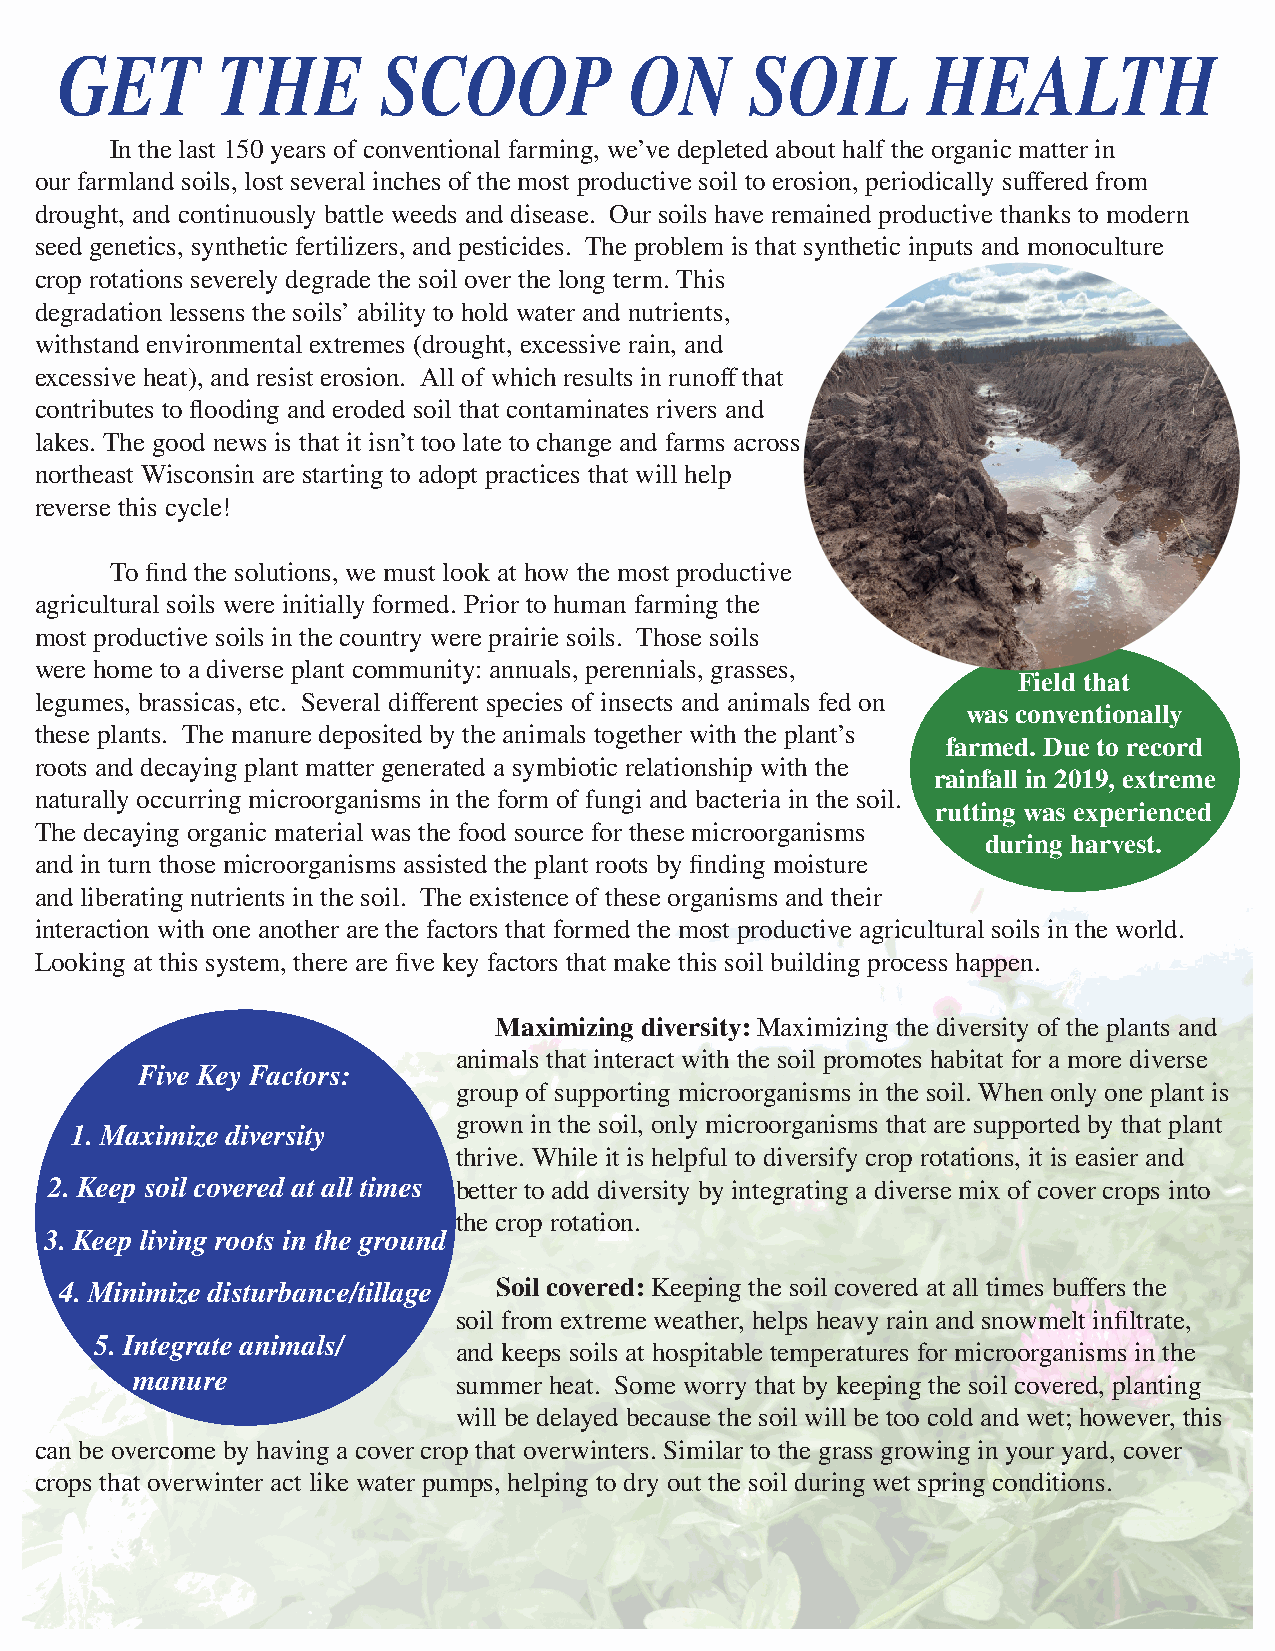
GET       THE        SCOOP            ON      SOIL       HEALTH
 In the last 150 years of conventional farming, we’ve depleted about half the organic matter in
 our farmland soils, lost several inches of the most productive soil to erosion, periodically suffered from
 drought, and continuously battle weeds and disease. Our soils have remained productive thanks to modern
 seed genetics, synthetic fertilizers, and pesticides. The problem is that synthetic inputs and monoculture
 crop rotations severely degrade the soil over the long term. This
 degradation lessens the soils’ ability to hold water and nutrients,
 withstand environmental extremes (drought, excessive rain, and
 excessive heat), and resist erosion. All of which results in runoff that
 contributes to flooding and eroded soil that contaminates rivers and
 lakes. The good news is that it isn’t too late to change and farms across
 northeast Wisconsin are starting to adopt practices that will help
 reverse this cycle!
 To find the solutions, we must look at how the most productive
 agricultural soils were initially formed. Prior to human farming the
 most productive soils in the country were prairie soils. Those soils
 were home to a diverse plant community: annuals, perennials, grasses,
 Field that
 legumes, brassicas, etc. Several different species of insects and animals fed on
 was conventionally
 these plants. The manure deposited by the animals together with the plant’s
 farmed. Due to record
 roots and decaying plant matter generated a symbiotic relationship with the
 rainfall in 2019, extreme
 naturally occurring microorganisms in the form of fungi and bacteria in the soil.
 rutting was experienced
 The decaying organic material was the food source for these microorganisms
 during harvest.
 and in turn those microorganisms assisted the plant roots by finding moisture
 and liberating nutrients in the soil. The existence of these organisms and their
 interaction with one another are the factors that formed the most productive agricultural soils in the world.
 Looking at this system, there are five key factors that make this soil building process happen.
 Maximizing diversity: Maximizing the diversity of the plants and
 animals that interact with the soil promotes habitat for a more diverse
 Five Key Factors:
 group of supporting microorganisms in the soil. When only one plant is
 grown in the soil, only microorganisms that are supported by that plant
 1. Maximize diversity
 thrive. While it is helpful to diversify crop rotations, it is easier and
 2. Keep soil covered at all times better to add diversity by integrating a diverse mix of cover crops into
 the crop rotation.
 3. Keep living roots in the ground
 4. Minimize disturbance/tillage Soil covered: Keeping the soil covered at all times buffers the
 soil from extreme weather, helps heavy rain and snowmelt infiltrate,
 5. Integrate animals/
 and keeps soils at hospitable temperatures for microorganisms in the
 manure
 summer heat. Some worry that by keeping the soil covered, planting
 will be delayed because the soil will be too cold and wet; however, this
 can be overcome by having a cover crop that overwinters. Similar to the grass growing in your yard, cover
 crops that overwinter act like water pumps, helping to dry out the soil during wet spring conditions.